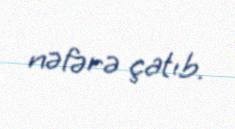
nəfərə çatıb.